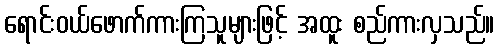
ရောင်းဝယ်ဖောက်ကားကြသူများဖြင့် အထူး စည်ကားလှသည်။